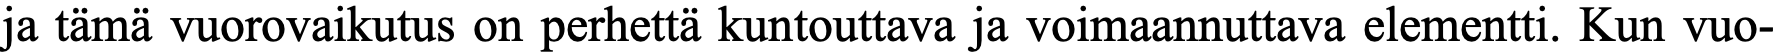
ja tämä vuorovaikutus on perhettä kuntouttava ja voimaannuttava elementti. Kun vuo-